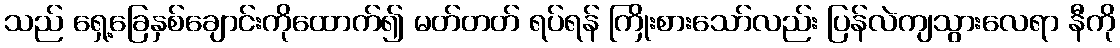
သည် ရှေ့ခြေနှစ်ချောင်းကိုထောက်၍ မတ်တတ် ရပ်ရန် ကြိုးစားသော်လည်း ပြန်လဲကျသွားလေရာ နီကို